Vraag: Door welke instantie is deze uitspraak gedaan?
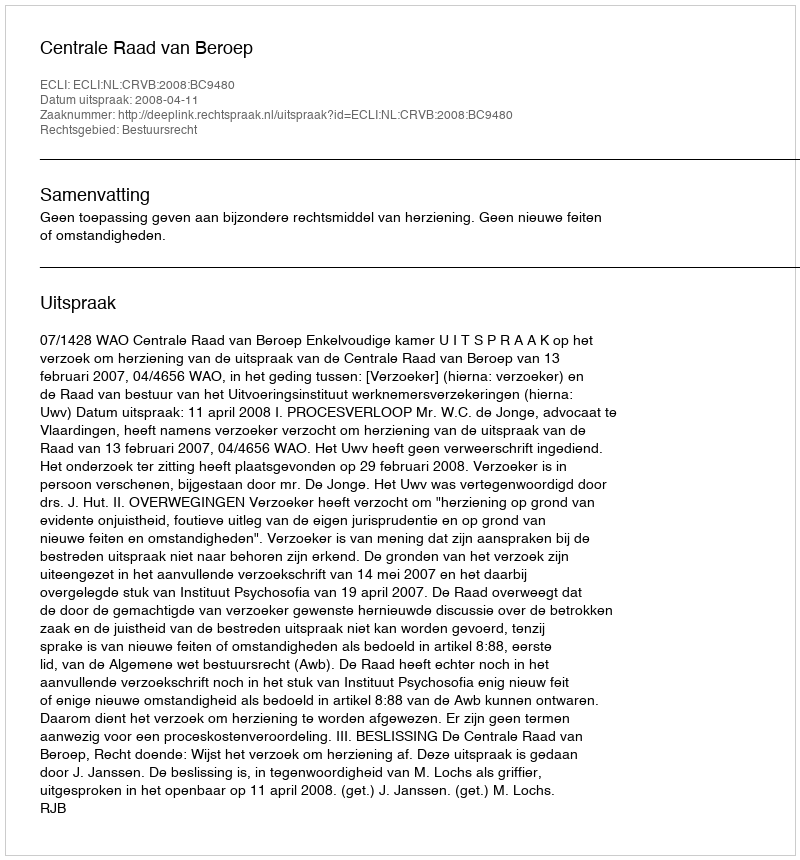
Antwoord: Centrale Raad van Beroep